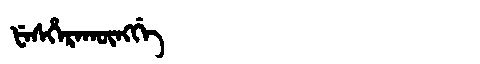
Manchu: ᡶᡝᠰᡥᡝᡵᠠᡴᡡᠩᡤᡝ
Romanization: FESHERAKŪNGGE